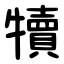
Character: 犢